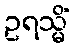
ဥရသ္မိံ